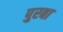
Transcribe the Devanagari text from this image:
पुरबा